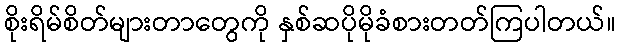
စိုးရိမ်စိတ်များတာတွေကို နှစ်ဆပိုမိုခံစားတတ်ကြပါတယ်။